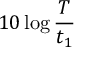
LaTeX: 1 0 \log { \frac { T } { t _ { 1 } } }